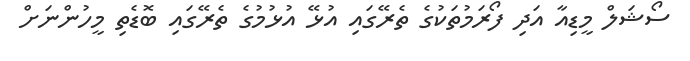
ސޯޝަލް މީޑިއާ އަދި ފޯރަމުތަކުގެ ތެރޭގައި އުޅޭ އުޅުމުގެ ތެރޭގައި ބޮޑެތި މީހުންނަށް